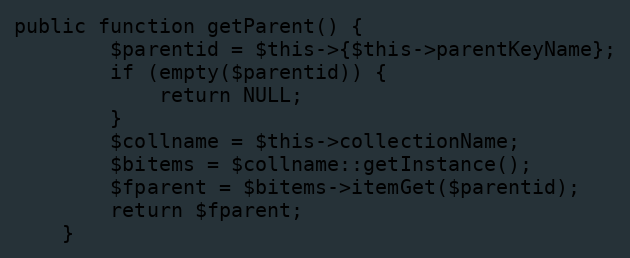
Language: PHP
public function getParent() {
		$parentid = $this->{$this->parentKeyName};
		if (empty($parentid)) {
			return NULL;
		}
		$collname = $this->collectionName;
		$bitems = $collname::getInstance();
		$fparent = $bitems->itemGet($parentid);
		return $fparent;
	}